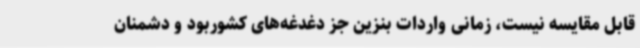
قابل مقایسه نیست، زمانی ‌واردات بنزین جز دغدغه‌های کشوربود و دشمنان